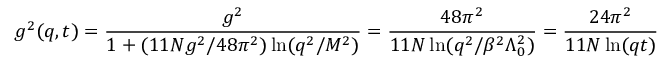
g ^ { 2 } ( q , t ) = \frac { g ^ { 2 } } { 1 + ( 1 1 N g ^ { 2 } / 4 8 \pi ^ { 2 } ) \ln ( q ^ { 2 } / M ^ { 2 } ) } = \frac { 4 8 \pi ^ { 2 } } { 1 1 N \ln ( q ^ { 2 } / \beta ^ { 2 } \Lambda _ { 0 } ^ { 2 } ) } = \frac { 2 4 \pi ^ { 2 } } { 1 1 N \ln ( q t ) }